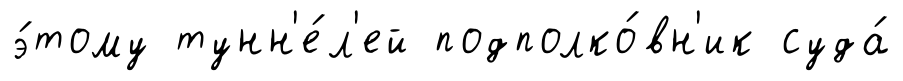
э́тому тунн'е́л'ей подполко́вн'ик суда́